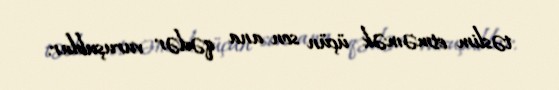
təslim etməmək üçün son ana qədər vuruşublar.